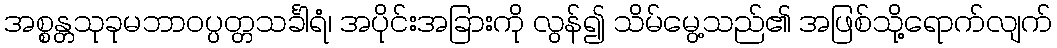
အစ္စန္တသုခုမဘာဝပ္ပတ္တသင်္ခါရံ၊ အပိုင်းအခြားကို လွန်၍ သိမ်မွေ့သည်၏ အဖြစ်သို့ရောက်လျက်